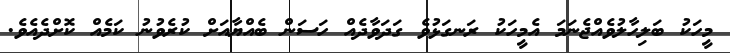
މީހަކު ބަލިހާލުވެއްޖެނަމަ އެމީހަކު ރަނގަޅުވެ ގަދަވާދެއް ހަސަން ބެއްޔާއަށް ކުރެވުނު ކަމެއް ކޮށްދެއެވެ.